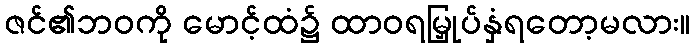
ဇင်၏ဘဝကို မောင့်ထံ၌ ထာဝရမြှုပ်နှံရတော့မလား။